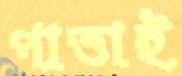
পাত্তাই